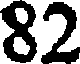
82